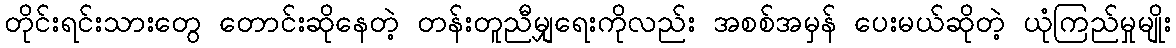
တိုင်းရင်းသားတွေ တောင်းဆိုနေတဲ့ တန်းတူညီမျှရေးကိုလည်း အစစ်အမှန် ပေးမယ်ဆိုတဲ့ ယုံကြည်မှုမျိုး